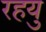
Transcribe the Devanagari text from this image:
रहयु